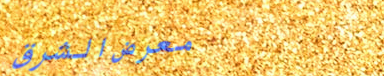
معرض الشرق